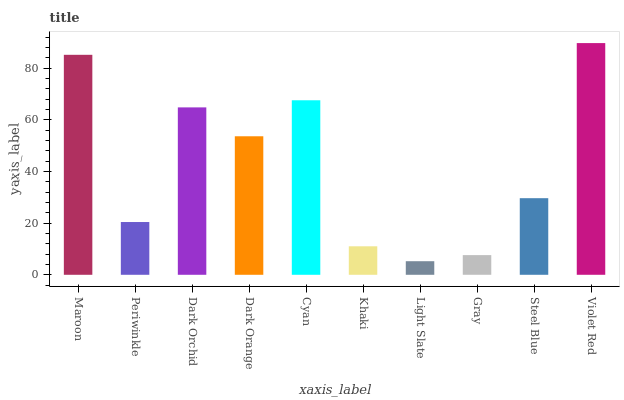
| xaxis_label | bars |
 | --- | --- |
 | Maroon | 85.2 |
 | Periwinkle | 20.4 |
 | Dark Orchid | 64.9 |
 | Dark Orange | 53.7 |
 | Cyan | 67.6 |
 | Khaki | 11 |
 | Light Slate | 5.26 |
 | Gray | 7.63 |
 | Steel Blue | 29.7 |
 | Violet Red | 89.8 |